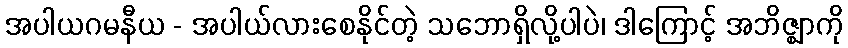
အပါယဂမနီယ - အပါယ်လားစေနိုင်တဲ့ သဘောရှိလို့ပါပဲ၊ ဒါကြောင့် အဘိဇ္ဈာကို